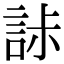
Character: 𧧌